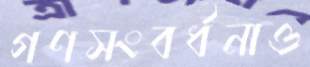
গণসংবর্ধনাও